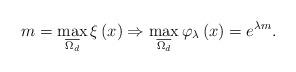
LaTeX: \begin{align*}m=\max_{\overline{\Omega _{d}}}\xi \left( x\right) \Rightarrow \max_{\overline{\Omega _{d}}}\varphi _{\lambda }\left( x\right) =e^{\lambda m}.\end{align*}